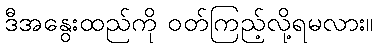
ဒီအနွေးထည်ကို ဝတ်ကြည့်လို့ရမလား။